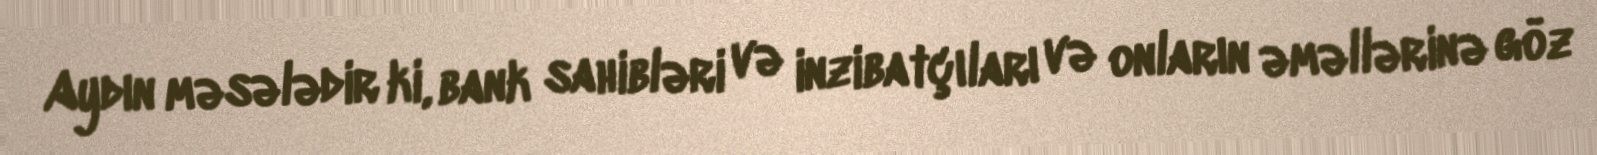
Aydın məsələdir ki, bank sahibləri və inzibatçıları və onların əməllərinə göz